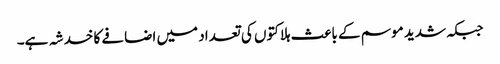
جبکہ شدید موسم کے باعث ہلاکتوں کی تعداد میں اضافے کا خدشہ ہے۔